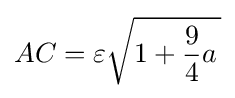
AC=\varepsilon {\sqrt {1+{9 \over 4}a\,}}